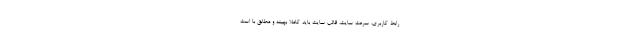
رابط کاربری، سرعت سایت، قالب سایت باید کاملا بهینه و مطابق با است